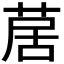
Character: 𦱅